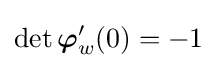
\det {\boldsymbol {\varphi }}'_{w}(0)=-1